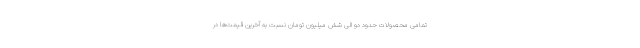
تمامی محصولات حدود دو الی شش میلیون تومان نسبت به آخرین قیمت‌ها در